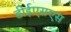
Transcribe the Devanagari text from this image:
डीईएसएस